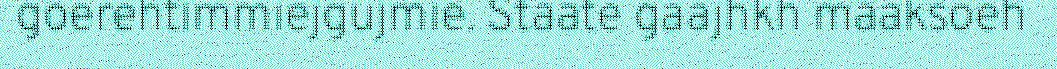
goerehtimmiejgujmie. Staate gaajhkh maaksoeh